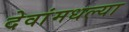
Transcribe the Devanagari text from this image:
देवांमधल्या